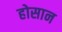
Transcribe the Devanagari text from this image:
होसान